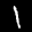
Label: 1